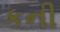
કની